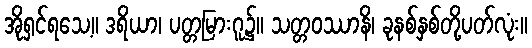
အိုရှင်ရသေ့။ ဒရိယာ၊ ပတ္တမြားဂူ၌။ သတ္တဝဿာနိ၊ ခုနစ်နှစ်တို့ပတ်လုံး။